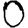
Digit: 0